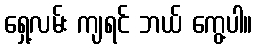
ရှေ့လမ်း ကျရင် ဘယ် ကွေ့ပါ။